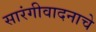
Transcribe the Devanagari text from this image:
सारंगीवादनाचे